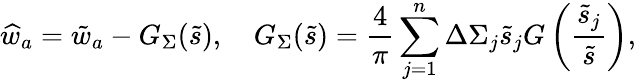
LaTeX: \widehat{w}_{a}=\tilde{w}_{a}-G_{\Sigma}(\tilde{s}),\quad G_{\Sigma}(\tilde{s})=\frac{4}{\pi}\sum_{j=1}^{n}\Delta\Sigma_{j}\tilde{s}_{j}G\left(\frac{\tilde{s}_{j}}{\tilde{s}}\right),